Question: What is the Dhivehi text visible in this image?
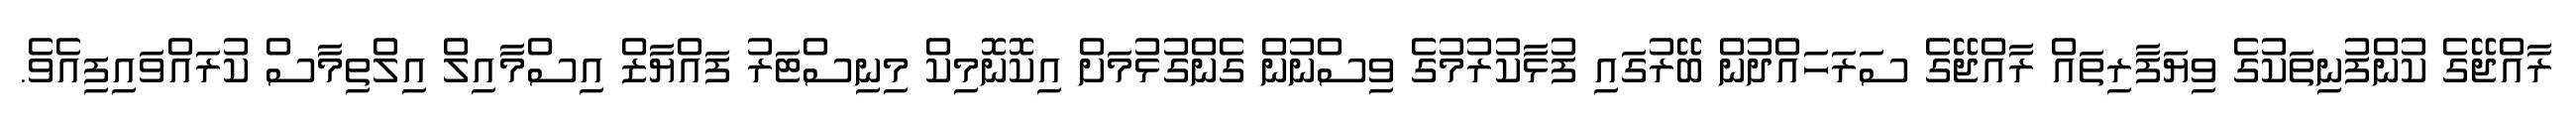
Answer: ރާއްޖޭގެ ކުންފުނިތަކުގެ ވިޔަފާރިތައް ރާއްޖޭގެ ސަރަހައްދުން ބޭރުގައި ފުޅާކުރުމުގެ ވިސްނުން ގެންގުޅުމަށް އިކޮނޮމިކް މިނިސްޓަރު ފައްޔާޒް އިސްމާއިލް އިލްތިމާސް ކުރައްވައިފިއެވެ.